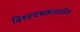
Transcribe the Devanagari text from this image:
विश्वचषकस्पर्धेत